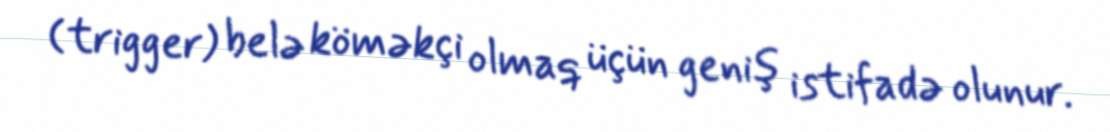
(trigger) belə köməkçi olmaq üçün geniş istifadə olunur.